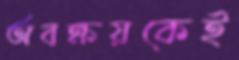
অবক্ষয়কেই